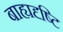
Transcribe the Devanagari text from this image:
बाह्यदृष्टि